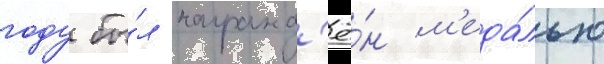
году бы́л награжд'ё́н м'еда́лью